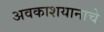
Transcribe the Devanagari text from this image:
अवकाशयानाचे